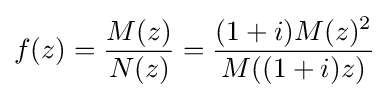
f(z)={\frac {M(z)}{N(z)}}={\frac {(1+i)M(z)^{2}}{M((1+i)z)}}